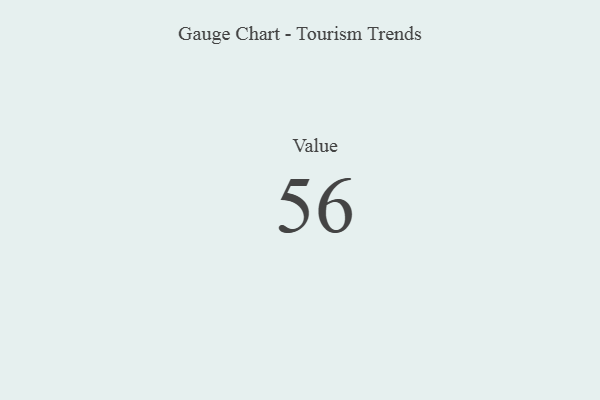
{"axis": {"x": "Metric", "y": "Value"}, "legend": [""], "data": [{"x": "Value", "y": 56, "type": ""}]}